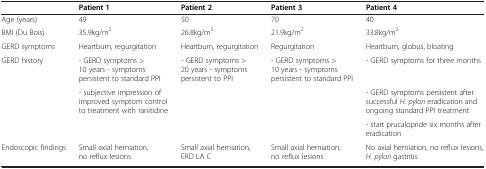
|  | Patient 1 | Patient 2 | Patient 3 | Patient 4 |
 | --- | --- | --- | --- | --- |
 | Age (years) | 49 | 50 | 70 | 40 |
 | BMI (Du Bois) | 35.9kg/m2 | 26.8kg/m2 | 21.9kg/m2 | 33.8kg/m2 |
 | GERD symptoms | Heartburn, regurgitation | Heartburn, regurgitation | Regurgitation | Heartburn, globus, bloating |
 | <ROWSPAN=3> GERD history | - GERD symptoms >10 years - symptoms persistent to standard PPI | <ROWSPAN=3> - GERD symptoms >20 years - symptoms persistent to PPI | <ROWSPAN=3> - GERD symptoms >10 years - symptoms persistent to standard PPI | - GERD symptoms for three months |
 | <ROWSPAN=2> - subjective impression of improved symptom control to treatment with ranitidine | - GERD symptoms persistent after successful H. pylori eradication and ongoing standard PPI treatment |
 | - start prucalopride six months after eradication |
 | Endoscopic findings | Small axial herniation, no reflux lesions | Small axial herniation, ERD LA C | Small axial herniation, no reflux lesions | No axial herniation, no reflux lesions, H. pylori gastritis |